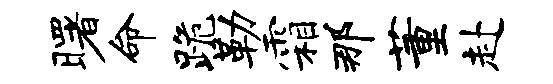
曙命跪勒霜那董赴